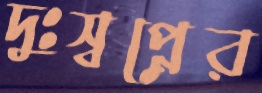
দুঃস্বপ্নের